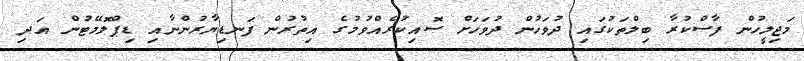
މަޖިލީހުން ފާސްކުރާ ބިލްތަކުގައި ދުވަހުން ދުވަހަށް ސޮއިކުރެއްވުމުގެ އިތުރުން ފަނޑިޔާރުންނާއި ޑިޕްލޮމޭޓުން އަދި